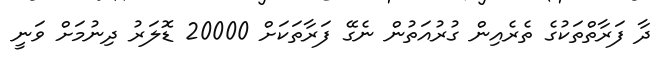
ދާ ފަރާތްތަކުގެ ތެރެއިން ގުރުއަތުން ނެގޭ ފަރާތަކަށް 20000 ޑޮލަރު ދިނުމަށް ވަނީ